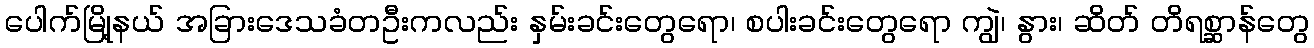
ပေါက်မြို့နယ် အခြားဒေသခံတဦးကလည်း နှမ်းခင်းတွေရော၊ စပါးခင်းတွေရော ကျွဲ၊ နွား၊ ဆိတ် တိရစ္ဆာန်တွေ